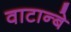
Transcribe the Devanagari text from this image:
वाटान्बे